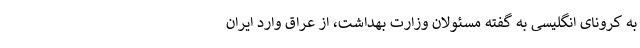
به کرونای انگلیسی به گفته مسئولان وزارت بهداشت، از عراق وارد ایران